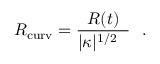
{ R _ { \mathrm { c u r v } } = { \frac { R ( t ) } { | \kappa | ^ { 1 / 2 } \ \ } } } \ \ .